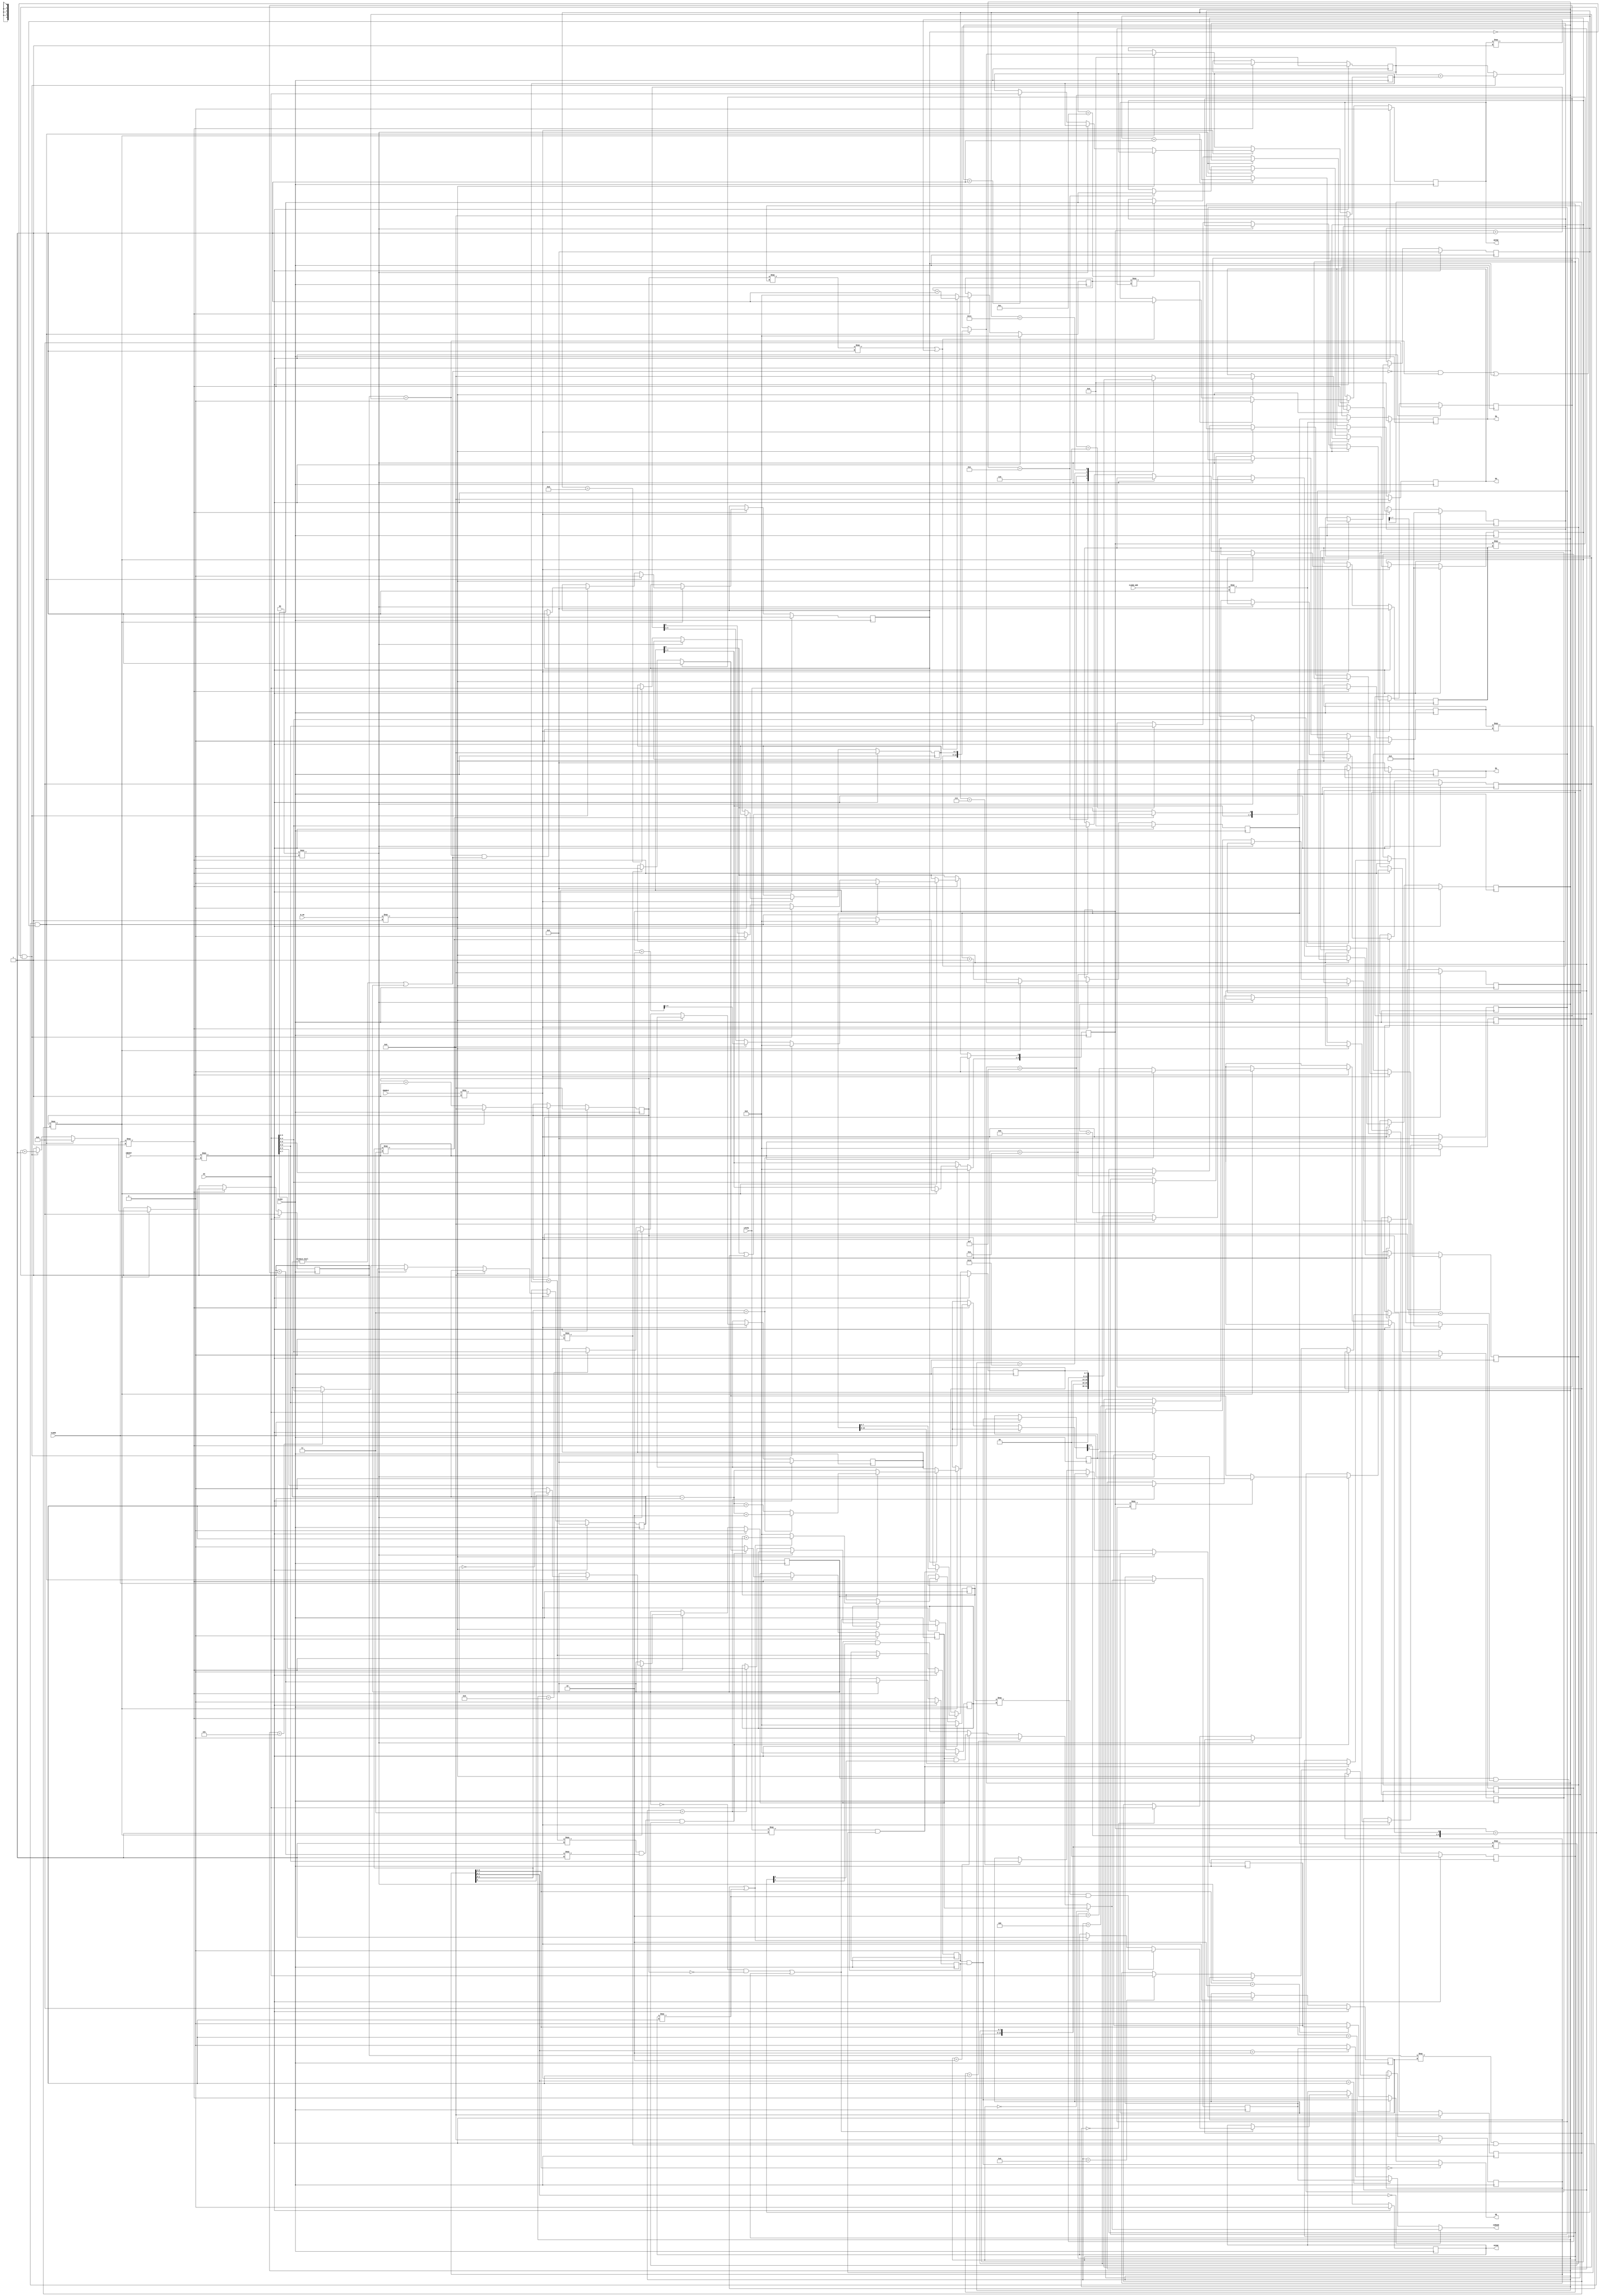
`timescale 1 ns / 1 ns

//  BBC Micro for Altera DE1
//
//  Copyright (c) 2011 Mike Stirling
//
//  All rights reserved
//
//  Redistribution and use in source and synthezised forms, with or without
//  modification, are permitted provided that the following conditions are met:
//
//  * Redistributions of source code must retain the above copyright notice,
//    this list of conditions and the following disclaimer.
//
//  * Redistributions in synthesized form must reproduce the above copyright
//    notice, this list of conditions and the following disclaimer in the
//    documentation and/or other materials provided with the distribution.
//
//  * Neither the name of the author nor the names of other contributors may
//    be used to endorse or promote products derived from this software without
//    specific prior written agreement from the author.
//
//  * License is granted for non-commercial use only.  A fee may not be charged
//    for redistributions as source code or in synthesized/hardware form without
//    specific prior written agreement from the author.
//
//  THIS SOFTWARE IS PROVIDED BY THE COPYRIGHT HOLDERS AND CONTRIBUTORS "AS IS"
//  AND ANY EXPRESS OR IMPLIED WARRANTIES, INCLUDING, BUT NOT LIMITED TO,
//  THE IMPLIED WARRANTIES OF MERCHANTABILITY AND FITNESS FOR A PARTICULAR
//  PURPOSE ARE DISCLAIMED. IN NO EVENT SHALL THE AUTHOR OR CONTRIBUTORS BE
//  LIABLE FOR ANY DIRECT, INDIRECT, INCIDENTAL, SPECIAL, EXEMPLARY, OR
//  CONSEQUENTIAL DAMAGES (INCLUDING, BUT NOT LIMITED TO, PROCUREMENT OF
//  SUBSTITUTE GOODS OR SERVICES; LOSS OF USE, DATA, OR PROFITS; OR BUSINESS
//  INTERRUPTION) HOWEVER CAUSED AND ON ANY THEORY OF LIABILITY, WHETHER IN
//  CONTRACT, STRICT LIABILITY, OR TORT (INCLUDING NEGLIGENCE OR OTHERWISE)
//  ARISING IN ANY WAY OUT OF THE USE OF THIS SOFTWARE, EVEN IF ADVISED OF THE
//  POSSIBILITY OF SUCH DAMAGE.
//
//  MC6845 CRTC
//
//  Synchronous implementation for FPGA
//
//  (C) 2011 Mike Stirling
//
// Corrected cursor flash rate
// Fixed incorrect positioning of cursor when over left most character
// Fixed timing of VSYNC
// Fixed interlaced timing (add an extra line)
// Implemented r05_v_total_adj
// Implemented delay parts of r08_interlace (see Hitacht HD6845SP datasheet)
//
// (C) 2017 David Banks

module mc6845
  (
   CLOCK,
   CLKEN,
   nRESET,
   CLKEN_ADR,
   ENABLE,
   R_nW,
   RS,
   DI,
   DO,
   VSYNC,
   HSYNC,
   DE,
   CURSOR,
   LPSTB,
   MA,
   RA
   );

   input         CLOCK;
   input         CLKEN;
   input         CLKEN_ADR;
   input         nRESET;
   input         ENABLE;
   input         R_nW;
   input         RS;
   input [7:0]   DI;
   output [7:0]  DO;
   output        VSYNC;
   output        HSYNC;
   output        DE;
   output        CURSOR;
   input         LPSTB;
   output [13:0] MA;
   output [4:0]  RA;

   reg [7:0]     DO;
   wire          VSYNC;
   wire          HSYNC;
   wire          DE;
   wire          CURSOR;

   //  Memory interface
   reg [13:0]    MA;
   reg [4:0]     RA;
   reg [4:0]     addr_reg;
   //  Currently addressed register

   //  These are write-only
   reg [7:0]     r00_h_total;
   //  Horizontal total, chars
   reg [7:0]     r01_h_displayed;
   //  Horizontal active, chars
   reg [7:0]     r02_h_sync_pos;
   //  Horizontal sync position, chars
   reg [3:0]     r03_v_sync_width;
   //  Vertical sync width, scan lines (0=16 lines)
   reg [3:0]     r03_h_sync_width;
   //  Horizontal sync width, chars (0=no sync)
   reg [6:0]     r04_v_total;
   //  Vertical total, character rows
   reg [4:0]     r05_v_total_adj;
   //  Vertical offset, scan lines
   reg [6:0]     r06_v_displayed;
   //  Vertical active, character rows
   reg [6:0]     r07_v_sync_pos;
   //  Vertical sync position, character rows
   reg [7:0]     r08_interlace;
   reg [4:0]     r09_max_scan_line_addr;
   reg [1:0]     r10_cursor_mode;
   reg [4:0]     r10_cursor_start;
   //  Cursor start, scan lines
   reg [4:0]     r11_cursor_end;
   //  Cursor end, scan lines
   reg [5:0]     r12_start_addr_h;
   reg [7:0]     r13_start_addr_l;

   //  These are read/write
   reg [5:0]     r14_cursor_h;
   reg [7:0]     r15_cursor_l;

   //  These are read-only
   reg [5:0]     r16_light_pen_h;
   reg [7:0]     r17_light_pen_l;

   //  Timing generation
   //  Horizontal counter counts position on line
   reg [7:0]     h_counter;

   //  HSYNC counter counts duration of sync pulse
   reg [3:0]     h_sync_counter;

   //  Row counter counts current character row
   reg [6:0]     row_counter;

   //  Line counter counts current line within each character row
   reg [4:0]     line_counter;

   //  VSYNC counter counts duration of sync pulse
   reg [3:0]     v_sync_counter;

   //  Field counter counts number of complete fields for cursor flash
   reg [4:0]     field_counter;

   //  Internal signals
   wire          h_sync_start;
   wire          v_sync_start;
   reg           h_display;
   wire          h_display_early;
   reg           hs;
   reg           v_display;
   wire          v_display_early;
   reg           vs;
   reg           odd_field;
   reg [13:0]    ma_i;
   //  Start address of current character row
   reg           cursor_i;
   reg           lpstb_i;
   reg [13:0]    ma_row_start;
   reg [4:0]     max_scan_line;
   reg [4:0]     adj_scan_line;
   reg           in_adj;
   reg           need_adj;
   wire [4:0]    slv_line;
   reg           cursor_line;

   wire          de0;
   reg           de1;
   reg           de2;

   wire          cursor0;
   reg           cursor1;
   reg           cursor2;


   //  Internal cursor enable signal delayed by 1 clock to line up
   //  with address outputs

   assign HSYNC = hs;
   //  External HSYNC driven directly from internal signal
   assign VSYNC = vs;
   //  External VSYNC driven directly from internal signal

   assign de0 = h_display & v_display;

   // In Mode 7 DE Delay is set to 01, but in our implementation no delay is needed
   // TODO: Fix SAA5050
   assign DE = (r08_interlace[5:4] == 2'b00) ? de0 :
               (r08_interlace[5:4] == 2'b01) ? de0 : // not accurate, should be de1
               (r08_interlace[5:4] == 2'b10) ? de2 :
               1'b0;

   // Cursor output generated combinatorially from the internal signal in
   // accordance with the currently selected cursor mode
   assign cursor0 = (r10_cursor_mode == 2'b00) ? cursor_i :
                    (r10_cursor_mode == 2'b01) ? 1'b0 :
                    (r10_cursor_mode == 2'b10) ? (cursor_i & field_counter[3]) :
                    (cursor_i & field_counter[4]);

   // In Mode 7 Cursor Delay is set to 10, but in our implementation one one cycle is needed
   // TODO: Fix SAA5050
   assign CURSOR = (r08_interlace[7:6] == 2'b00) ? cursor0 :
                   (r08_interlace[7:6] == 2'b01) ? cursor1 :
                   (r08_interlace[7:6] == 2'b10) ? cursor1 : // not accurate, should be cursor2
                   1'b0;

   //  Synchronous register access.  Enabled on every clock.

   always @(posedge CLOCK) begin

      if (nRESET === 1'b 0) begin

         //  Reset registers to defaults
         addr_reg <= 'd0;
         r00_h_total <= 'd0;
         r01_h_displayed <= 'd0;
         r02_h_sync_pos <= 'd0;
         r03_v_sync_width <= {4{1'b 0}};
         r03_h_sync_width <= {4{1'b 0}};
         r04_v_total <= 'd0;
         r05_v_total_adj <= 'd0;
         r06_v_displayed <= 'd0;
         r07_v_sync_pos <= 'd0;
         r08_interlace <= 'd0;
         r09_max_scan_line_addr <= 'd0;
         r10_cursor_mode <= {2{1'b 0}};
         r10_cursor_start <= 'd0;
         r11_cursor_end <= 'd0;
         r12_start_addr_h <= 'd0;
         r13_start_addr_l <= 'd0;
         r14_cursor_h <= 'd0;
         r15_cursor_l <= 'd0;
         DO <= 'd0;
      end
      else begin
         if (ENABLE === 1'b 1) begin
            if (R_nW === 1'b 1) begin

               //  Read
               case (addr_reg)
                 5'b 01110: begin
                    DO <= {2'b 00, r14_cursor_h};
                 end

                 5'b 01111: begin
                    DO <= r15_cursor_l;
                 end

                 5'b 10000: begin
                    DO <= {2'b 00, r16_light_pen_h};
                 end

                 5'b 10001: begin
                    DO <= r17_light_pen_l;
                 end

                 default: begin
                    DO <= 'd0;
                 end

               endcase
            end
            else begin
               if (RS === 1'b 0) begin
                  addr_reg <= DI[4:0];
                  //  Write
               end
               else begin
                  case (addr_reg)
                    5'b 00000: begin
                       r00_h_total <= DI;
                    end

                    5'b 00001: begin
                       r01_h_displayed <= DI;
                    end

                    5'b 00010: begin
                       r02_h_sync_pos <= DI;
                    end

                    5'b 00011: begin
                       r03_v_sync_width <= DI[7:4];
                       r03_h_sync_width <= DI[3:0];
                    end

                    5'b 00100: begin
                       r04_v_total <= DI[6:0];
                    end

                    5'b 00101: begin
                       r05_v_total_adj <= DI[4:0];
                    end

                    5'b 00110: begin
                       r06_v_displayed <= DI[6:0];
                    end

                    5'b 00111: begin
                       r07_v_sync_pos <= DI[6:0];
                    end

                    5'b 01000: begin
                       r08_interlace <= DI[7:0];
                    end

                    5'b 01001: begin
                       r09_max_scan_line_addr <= DI[4:0];
                    end

                    5'b 01010: begin
                       r10_cursor_mode <= DI[6:5];
                       r10_cursor_start <= DI[4:0];
                    end

                    5'b 01011: begin
                       r11_cursor_end <= DI[4:0];
                    end

                    5'b 01100: begin
                       r12_start_addr_h <= DI[5:0];
                    end

                    5'b 01101: begin
                       r13_start_addr_l <= DI[7:0];
                    end

                    5'b 01110: begin
                       r14_cursor_h <= DI[5:0];
                    end

                    5'b 01111: begin
                       r15_cursor_l <= DI[7:0];
                    end

                    default:
                      ;

                  endcase
               end
            end
         end
      end
   end

   //  registers

   always @(posedge CLOCK) begin

      if (nRESET === 1'b 0) begin

         //  H
         h_counter <= 'd0;

         //  V
         line_counter <= 'd0;
         row_counter <= 'd0;
         odd_field <= 1'b 0;

         //  Fields (cursor flash)
         field_counter <= 'd0;

         //  Addressing
         ma_row_start = 'd0;
         ma_i <= 'd0;
         in_adj <= 1'b0;
      end
      else if (CLKEN === 1'b 1 ) begin

         //  Horizontal counter increments on each clock, wrapping at
         //  h_total
         if (h_counter === r00_h_total) begin

            //  h_total reached
            h_counter <= 'd0;

            // Compute
            need_adj = (r05_v_total_adj != 0) | odd_field;

            // Compute the max scan line for this row
            if (in_adj == 1'b0) begin
               // This is a normal row, so use r09_max_scan_line_addr
               max_scan_line = r09_max_scan_line_addr;
            end else begin
               // This is the "adjust" row, so use r05_v_total_adj
               max_scan_line = r05_v_total_adj - 1;
               // If interlaced, the odd field contains an additional scan line
               if (odd_field)
                 if (r08_interlace[1:0] == 2'b11)
                   max_scan_line = max_scan_line + 2;
                 else
                   max_scan_line = max_scan_line + 1;
            end
            // In interlace sync + video mode mask off the LSb of the
            // max scan line address
            if (r08_interlace[1:0] == 2'b11)
              max_scan_line[0] = 1'b0;

            if ((line_counter == max_scan_line) & ((!need_adj & row_counter == r04_v_total) | in_adj)) begin

               //  Next character row
               //  FIXME: No support for v_total_adj yet
               line_counter <= 'd0;

               // If in interlace mode we toggle to the opposite field.
               // Save on some logic by doing this here rather than at the
               // end of v_total_adj - it shouldn't make any difference to the
               // output
               if (r08_interlace[0]) begin
                  odd_field <= !odd_field;
               end else begin
                  odd_field <= 1'b0;
               end

               // Address is loaded from start address register at the top of
               // each field and the row counter is reset
               ma_row_start = {r12_start_addr_h, r13_start_addr_l};
               row_counter <= 'd0;

               // Increment field counter
                field_counter <= field_counter + 1;

               // Reset the in extra time flag
               in_adj <= 1'b0;

            end else if (!in_adj & (line_counter == max_scan_line)) begin
               // Scan line counter increments, wrapping at max_scan_line_addr
               // Next character row
               line_counter <= 'd0;
               // On all other character rows within the field the row start address is
               // increased by h_displayed and the row counter is incremented
               ma_row_start = ma_row_start + r01_h_displayed;
               row_counter <= row_counter + 1;
               // Test if we are entering the adjust phase, and set
               // in_adj accordingly
               if (row_counter == r04_v_total & need_adj)
                 in_adj <= 1'b1;
            end
            else begin
              //  Next scan line.  Count in twos in interlaced sync+video mode
               if (r08_interlace[1:0] === 2'b 11) begin
                  line_counter <= line_counter + 2;
                  line_counter[0] <= 1'b 0;
                  //  Force to even
               end
               else begin
                  line_counter <= line_counter + 1;
               end
            end

            //  Memory address preset to row start at the beginning of each
            //  scan line
            ma_i <= ma_row_start;

            //  Increment horizontal counter
         end
         else begin
            h_counter <= h_counter + 1;

            //  Increment memory address
            ma_i <= ma_i + 1;
         end
      end
   end

   //  Signals to mark hsync and half way points for generating
   //  vsync in even and odd fields

   //  Horizontal, vertical and address counters

   assign h_sync_start = h_counter === r02_h_sync_pos;
   assign h_display_early = (h_counter < r01_h_displayed);
   assign v_display_early = (row_counter < r06_v_displayed);

   // dmb: measurements on a real beeb confirm this is the actual
   // 6845 behaviour. i.e. in non-interlaced mode the start of vsync
   // coinscides with the start of the active display, and in intelaced
   // mode the vsync of the odd field is delayed by half a scan line
   assign v_sync_start = ((odd_field == 1'b0) & (h_counter == 0)) |
                         ((odd_field == 1'b1) & (h_counter == {1'b0, r00_h_total[7:1]}));

   //  Video timing and sync counters

   always @(posedge CLOCK) begin

      if (nRESET === 1'b 0) begin

         //  H
         h_display <= 1'b 0;
         hs <= 1'b 0;
         h_sync_counter <= {4{1'b 0}};

         //  V
         v_display <= 1'b 0;
         vs <= 1'b 0;
         v_sync_counter <= {4{1'b 0}};
      end
      else if (CLKEN === 1'b 1 ) begin

         //  Horizontal active video
         h_display <= h_display_early;

         //  Horizontal sync
         if (h_sync_start === 1'b 1 | hs === 1'b 1) begin

            //  In horizontal sync
            hs <= 1'b 1;
            h_sync_counter <= h_sync_counter + 1;
         end
         else begin
            h_sync_counter <= {4{1'b 0}};
         end

         if (h_sync_counter === r03_h_sync_width) begin

            //  Terminate hsync after h_sync_width (0 means no hsync so this
            //  can immediately override the setting above)
            hs <= 1'b 0;
         end

         //  Vertical active video
         v_display <= v_display_early;

         //  Vertical sync occurs either at the same time as the horizontal sync (even fields)
         //  or half a line later (odd fields)
         if (v_sync_start) begin
            if (row_counter === r07_v_sync_pos & line_counter === 0 |
                vs === 1'b 1) begin

               //  In vertical sync
               vs <= 1'b 1;
               v_sync_counter <= v_sync_counter + 1;
            end
            else begin
               v_sync_counter <= {4{1'b 0}};
            end

            if (v_sync_counter === r03_v_sync_width & vs === 1'b 1) begin

               //  Terminate vsync after v_sync_width (0 means 16 lines so this is
               //  masked by 'vs' to ensure a full turn of the counter in this case)
               vs <= 1'b 0;
            end
         end
      end
   end

   //  Address generation

   assign slv_line = line_counter;

   always @(posedge CLOCK) begin

      if (nRESET === 1'b 0) begin
         RA <= 'd0;
         MA <= 'd0;
      end
      else if (CLKEN_ADR === 1'b 1 ) begin

         //  Character row address is just the scan line counter delayed by
         //  one clock to line up with the syncs.
         if (r08_interlace[1:0] === 2'b 11) begin

            //  In interlace sync and video mode the LSb is determined by the
            //  field number.  The line counter counts up in 2s in this case.
            RA <= {slv_line[4:1], (slv_line[0] | odd_field)};
         end
         else begin
            RA <= slv_line;
         end

         //  Internal memory address delayed by one cycle as well
         MA <= ma_i;
      end
   end

   //  Cursor control
   always @(posedge CLOCK) begin

      if (nRESET === 1'b 0) begin
         cursor_i <= 1'b 0;
         cursor_line = 1'b 0;
      end
      else if (CLKEN === 1'b 1 ) begin
         if (h_display_early === 1'b 1 & v_display_early === 1'b 1 &
             ma_i === {r14_cursor_h, r15_cursor_l}) begin
            if (line_counter === 0) begin

               //  Suppress wrap around if last line is > max scan line
               cursor_line = 1'b 0;
            end

            if (line_counter === r10_cursor_start) begin

               //  First cursor scanline
               cursor_line = 1'b 1;
            end

            //  Cursor output is asserted within the current cursor character
            //  on the selected lines only
            cursor_i <= cursor_line;
            if (line_counter === r11_cursor_end) begin

               //  Last cursor scanline
               cursor_line = 1'b 0;
            end

            //  Cursor is off in all character positions apart from the
            //  selected one
         end
         else begin
            cursor_i <= 1'b 0;
         end
      end
   end

   //  Light pen capture
   //  Host-accessible registers
   always @(posedge CLOCK) begin

      if (nRESET === 1'b 0) begin
         lpstb_i <= 1'b 0;
         r16_light_pen_h <= 'd0;
         r17_light_pen_l <= 'd0;
      end
      else if (CLKEN === 1'b 1 ) begin

         //  Register light-pen strobe input
         lpstb_i <= LPSTB;

         if (LPSTB === 1'b 1 & lpstb_i === 1'b 0) begin

            //  Capture address on rising edge
            r16_light_pen_h <= ma_i[13:8];
            r17_light_pen_l <= ma_i[7:0];

         end
      end
   end

   // Delayed CURSOR and DE (selected by R08)
   always @(posedge CLOCK) begin
      if (CLKEN) begin
         de1     <= de0;
         de2     <= de1;
         cursor1 <= cursor0;
         cursor2 <= cursor1;
      end
   end

endmodule // module mc6845